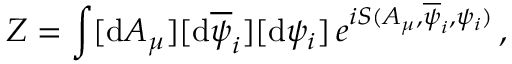
Z = \int [ \mathrm { d } A _ { \mu } ] [ \mathrm { d } \overline { { \psi } } _ { i } ] [ \mathrm { d } \psi _ { i } ] \, e ^ { i S ( A _ { \mu } , \overline { { \psi } } _ { i } , \psi _ { i } ) } \, ,